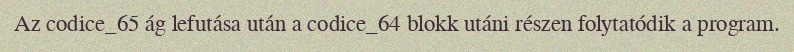
Az codice_65 ág lefutása után a codice_64 blokk utáni részen folytatódik a program.